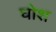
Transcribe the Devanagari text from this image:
घोश